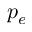
p _ { e }